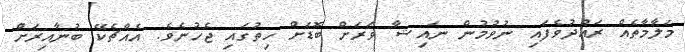
މަލާމާތެއް ރައްދުވެފައި ނުވުމުން ނައިޝާ ވަރަށް ބޮޑަށް ހިތުގައި ޖެހުނެވެ. އެއްޗެކޭ ބުނާއިރަށް